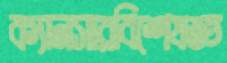
ক্যানসারবিশেষজ্ঞ